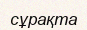
сұрақта